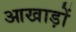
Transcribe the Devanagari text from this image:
आखाड़ों